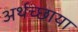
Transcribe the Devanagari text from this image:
अर्थच्छाया